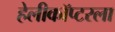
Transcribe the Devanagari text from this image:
हेलीकॉप्टरला